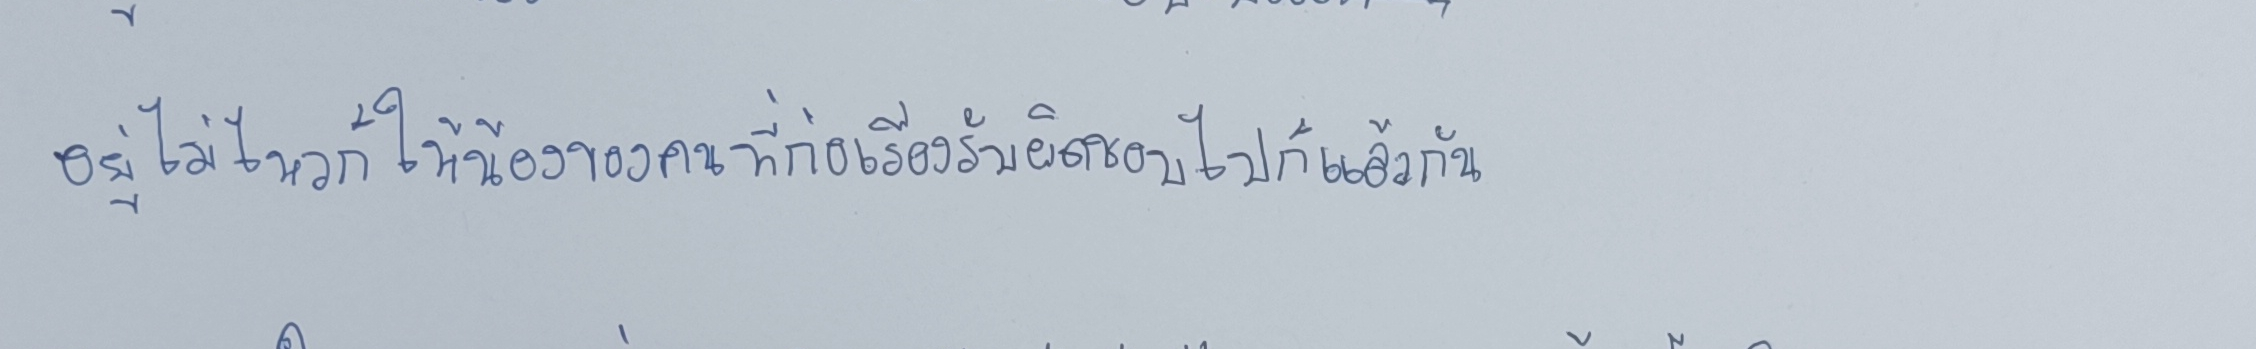
"อยู่ไม่ไหวก็ให้น้องของคนที่ก่อเรื่องรับผิดชอบไปก็แล้วกัน